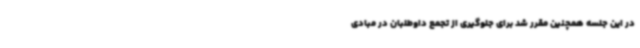
در این جلسه همچنین مقرر شد برای جلوگیری از تجمع داوطلبان در مبادی